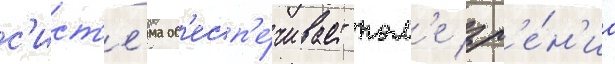
с'ист'е́ма об'есп'е́чивает пол'е зр'е́н'иа